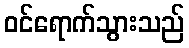
ဝင်ရောက်သွားသည်